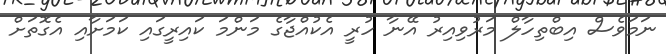
ނަމަވެސް އިބްތިހާލް މަރުވިއިރު އޭނާ ހުރީ އެކުއްޖާގެ މަންމަ ކައިރީގައި ކަމަށާއި އެގޮތަށް